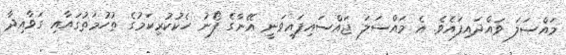
މައްސަލަ ވައްދައިފައެވެ. އެ މައްސަލަ ޖައްސައިފައިވަނީ އޭނާގެ ފޯނު ހެކުކުރިކަމުގެ ތުހުމަތުގައާއި ގަވާއިދާ